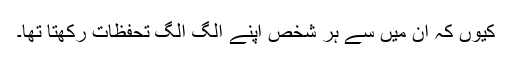
کیوں کہ ان میں سے ہر شخص اپنے الگ الگ تحفظات رکھتا تھا۔